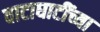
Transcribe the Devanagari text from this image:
वाटाघाटींच्या